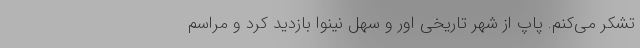
تشکر می‌کنم. پاپ از شهر تاریخی اور و سهل نینوا بازدید کرد و مراسم